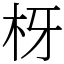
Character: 枒